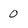
Character: 0